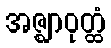
အဇ္ဈာဝုတ္ထံ